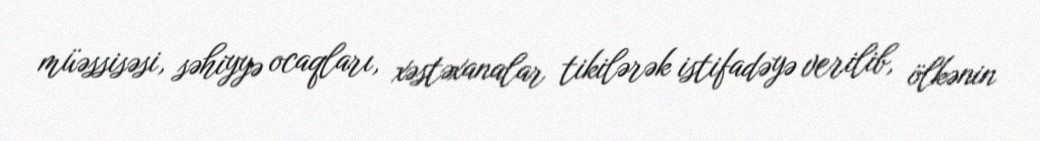
müəssisəsi, səhiyyə ocaqları, xəstəxanalar tikilərək istifadəyə verilib, ölkənin